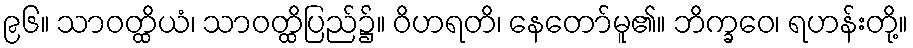
၉၆။ သာဝတ္ထိယံ၊ သာဝတ္ထိပြည်၌။ ဝိဟရတိ၊ နေတော်မူ၏။ ဘိက္ခဝေ၊ ရဟန်းတို့။